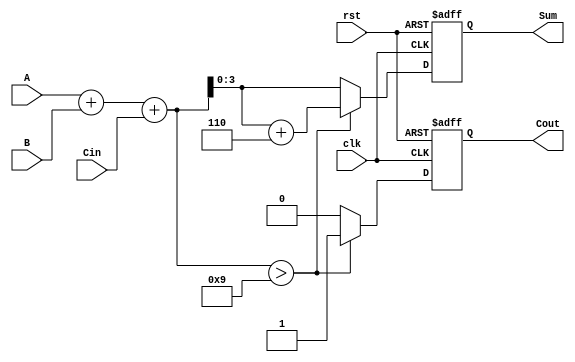
module bcd_sequential_adder (
    input wire [3:0] A,       // First BCD input
    input wire [3:0] B,       // Second BCD input
    input wire Cin,           // Carry input
    input wire clk,           // Clock input
    input wire rst,           // Reset input
    output reg [3:0] Sum,     // BCD result output
    output reg Cout           // Carry output
);

    reg [4:0] binary_sum;     // To hold the 5-bit binary sum (A + B + Cin)

    always @(posedge clk or posedge rst) begin
        if (rst) begin
            Sum <= 4'b0000;    // Reset Sum to 0
            Cout <= 1'b0;      // Reset carry out
        end else begin
            // Perform binary addition
            binary_sum = A + B + Cin;

            // Check if the sum exceeds BCD range
            if (binary_sum > 4'b1001) begin
                // Apply correction by adding 6 (0110)
                binary_sum = binary_sum + 5'b00110;
                Cout <= 1'b1;    // Set carry out if correction was needed
            end else begin
                Cout <= 1'b0;    // No carry out
            end
            
            // Assign the lower 4 bits to Sum
            Sum <= binary_sum[3:0];
        end
    end
endmodule